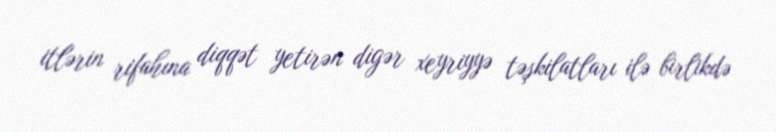
itlərin rifahına diqqət yetirən digər xeyriyyə təşkilatları ilə birlikdə